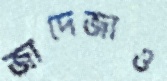
জাদেজাও